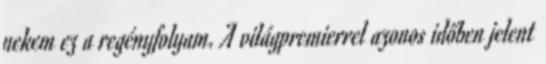
nekem ez a regényfolyam. A világpremierrel azonos időben jelent